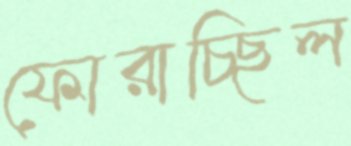
ফোরাচ্ছিল